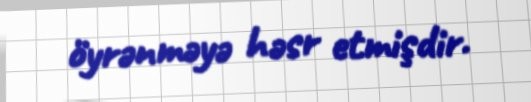
öyrənməyə həsr etmişdir.